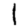
Digit: 1